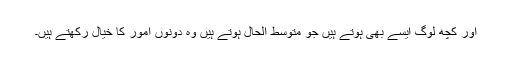
اور کچھ لوگ ایسے بھی ہوتے ہیں جو متوسط الحال ہوتے ہیں وہ دونوں امور کا خیال رکھتے ہیں۔